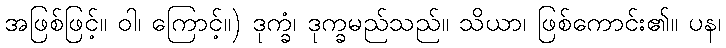
အဖြစ်ဖြင့်။ ဝါ၊ ကြောင့်။) ဒုက္ခံ၊ ဒုက္ခမည်သည်။ သိယာ၊ ဖြစ်ကောင်း၏။ ပန၊